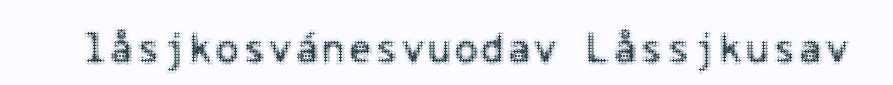
låsjkosvánesvuodav Låssjkusav